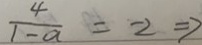
\frac { 4 } { 1 - a } = - 2 \Rightarrow